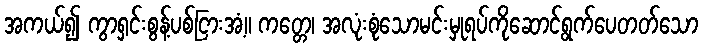
အကယ်၍ ကွာရှင်းစွန့်ပစ်ငြားအံ့။ ကတ္တေ၊ အလုံးစုံသောမင်းမှုရပ်ကိုဆောင်ရွက်ပေတတ်သော